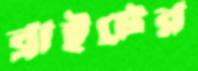
ব্রাইটের